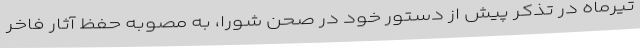
تیرماه در تذکر پیش از دستور خود در صحن شورا، به مصوبه حفظ آثار فاخر